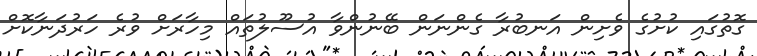
ގޮތުގައި ކުށުގެ ވެށިން އަނބުރާ ގެންނަން ބޭނުންވާ އުސޫލުތައް މިހާރަށް ވުރެ ހަރުދަނާކޮށް